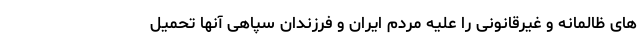
های ظالمانه و غیرقانونی را علیه مردم ایران و فرزندان سپاهی آنها تحمیل